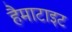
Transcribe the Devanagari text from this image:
हैमाटाइट